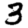
Digit: 3